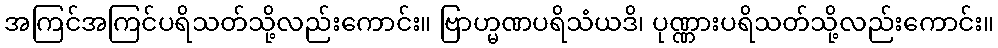
အကြင်အကြင်ပရိသတ်သို့လည်းကောင်း။ ဗြာဟ္မဏပရိသံယဒိ၊ ပုဏ္ဏားပရိသတ်သို့လည်းကောင်း။